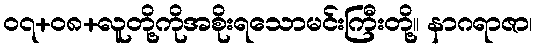
၀၇+၀၈+လူတို့ကိုအစိုးရသောမင်းကြီးတို့။ နာဂရာဇာ၊